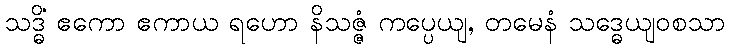
သဒ္ဓိံ ဧကော ဧကာယ ရဟော နိသဇ္ဇံ ကပ္ပေယျ, တမေနံ သဒ္ဓေယျဝစသာ